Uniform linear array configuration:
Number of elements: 8
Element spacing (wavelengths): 0.75
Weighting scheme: hamming
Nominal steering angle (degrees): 60
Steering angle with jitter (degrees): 61.495
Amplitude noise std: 0.05
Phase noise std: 0.05

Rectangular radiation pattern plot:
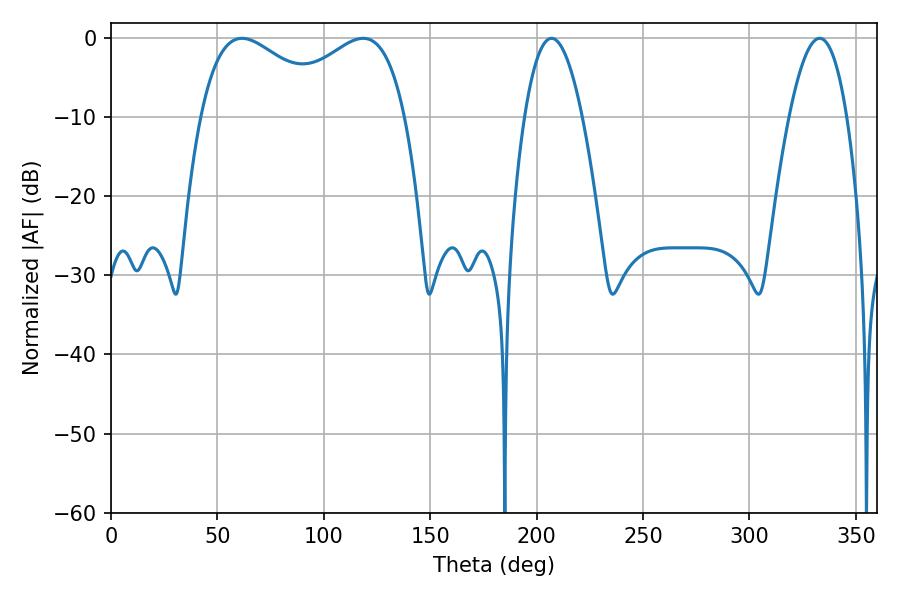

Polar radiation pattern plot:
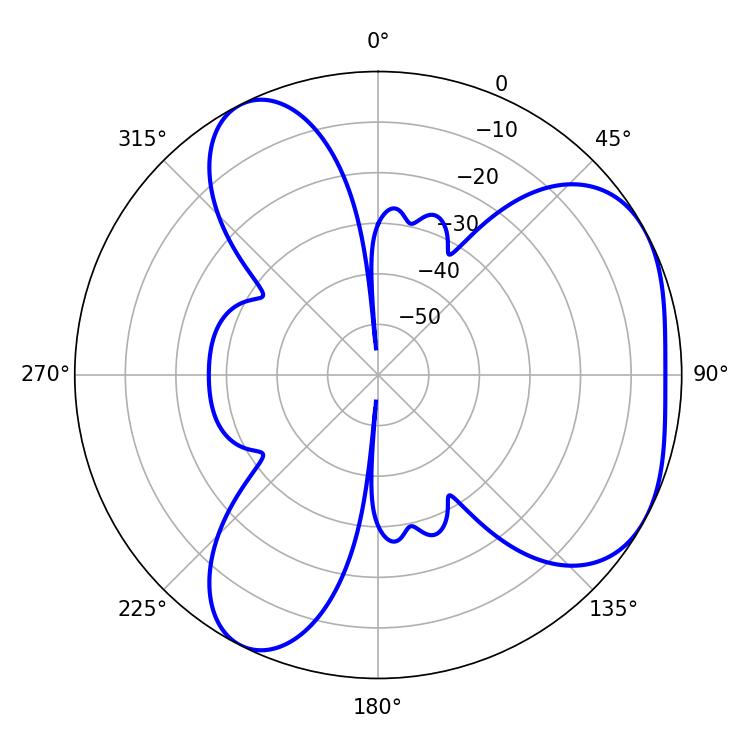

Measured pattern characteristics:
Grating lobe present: TRUE
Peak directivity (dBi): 4.299
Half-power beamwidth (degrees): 35.1
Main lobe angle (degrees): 61.56